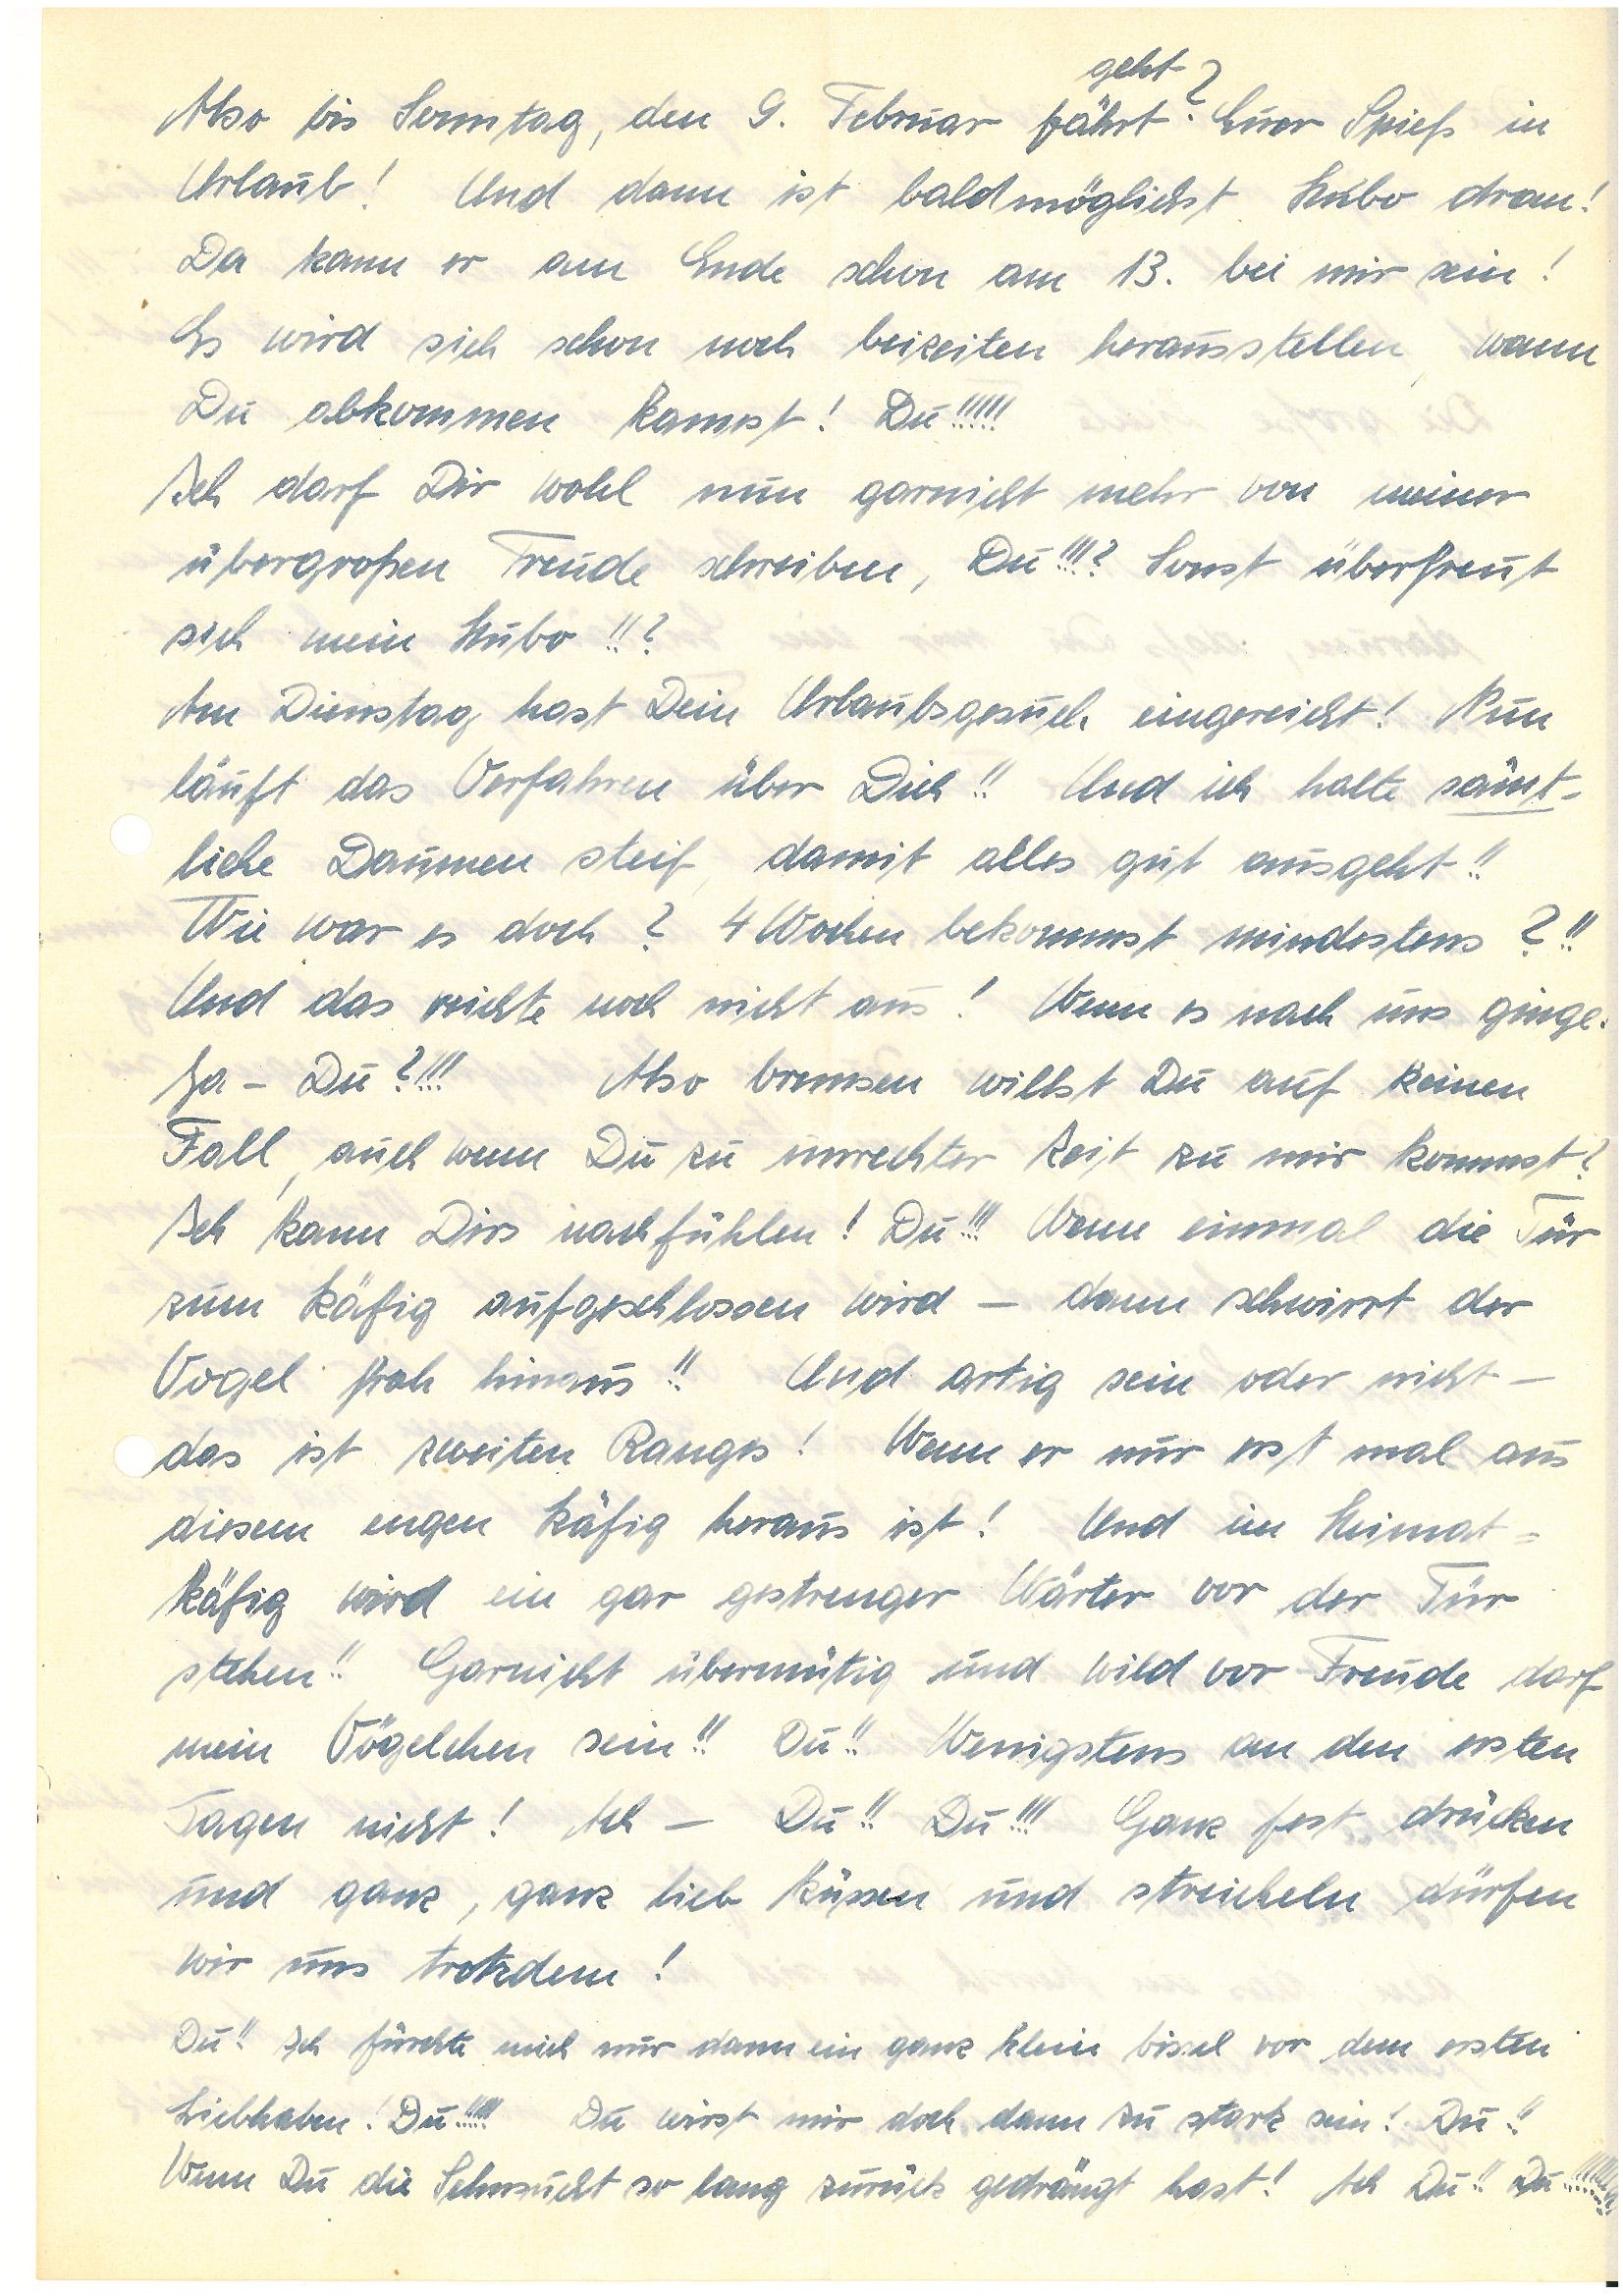
gebt
Also bis Sonntag, den 9. Februar fährt: Euer Spieß in
Urlaub! Und dann ist baldmöglichst Hubo dran!
Da kann er am Ende schon am 13. bei mir sein!
Es wird sich schon noch beizeiten herausstellen, wann
Du abkommen kannst! Du!!!!!
Ich darf Dir wohl nun garnicht mehr von meiner
übergroßen Freude schreiben, Du!!!? Sonst überfreut
sich mein Hubo!!?
Am Dienstag hast Dein Urlaubsgesuch eingereicht! Nun
läuft das Verfahren über Dich!! Und ich halte sämt¬
liehe Daumen steif damit alles gut ausgeht!!
Wie war es doch? 4 Wochen bekommst mindestens?!!
Und das reichte noch nicht aus! Wenn es nach uns ginge¬
Ja – Du?!!! Also bremsen willst Du auf keinen
Fall auch wenn Du zu unrechter Zeit zu mir kommst?
Ich kann Dirs nachfühlen! Du!!! Wenn einmal die für
zum Käfig aufgeschlossen wird – dann schwirrt der
Vogel froh hinaus!! Und artig sein oder nicht –
das ist zweiten Ranges! Wenn er nur erst mal aus
diesem engen Käfig heraus ist! Und im Heimat¬
käfig wird ein gar gestrenger Wärter vor der Für
stehen! Garnicht übermütig und wild vor Freude darf
mein Vogelchen sein!! Du!! Wenigstens an den ersten
Tagen nicht! Ach – Du!! Du!!! Ganz fest drücken
und ganz, ganz lieb küssen und streicheln dürfen
wir uns trotzdem!
Du!! Ich fürchte mich nur dann ein ganz klein bissel vor dem ersten
Liebhaben! Du!!!! Du wirst mir doch dann zu stark sein! Du!!
Wenn Du die Sehnsucht so lang zurück gedrängt hast! Ach Du!! Du!!!!!!!!